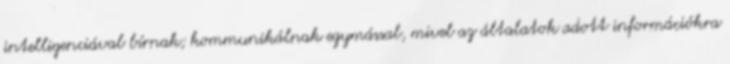
intelligenciával bírnak; kommunikálnak egymással, mivel az általatok adott információkra